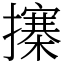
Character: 㩟